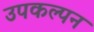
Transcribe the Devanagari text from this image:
उपकल्पन